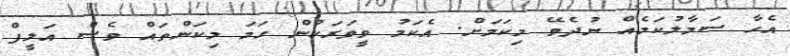
އެހާ ސަމާލުކަމެއް ނުދެވޭ މިކަމަށް. އެކަމު ވީވަރަކުން ހަމަ މިކަންތައް ވެސް އަލީފް